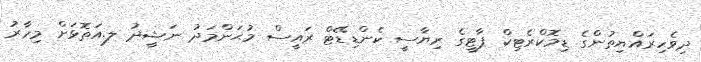
ދިވެހިރައްޔިތުންގެ ޑިމޮކްރެޓިކް ޕާޓީގެ ރިޔާސީ ކެންޑިޑޭޓް ރައީސް މުޙަންމަދު ނަޝީދު ލ.އަތޮޅަށް މިހާރު